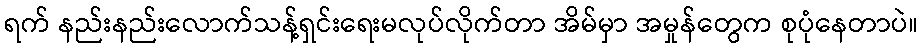
ရက် နည်းနည်းလောက်သန့်ရှင်းရေးမလုပ်လိုက်တာ အိမ်မှာ အမှုန်တွေက စုပုံနေတာပဲ။